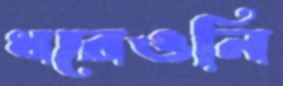
ধরেওনি